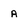
Character: a